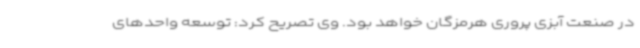
در صنعت آبزی پروری هرمزگان خواهد بود. وی تصریح کرد: توسعه واحد‌های